Report on vaccination North-West Frontier Province 1904-1922 - 1904-1922
Year: 1904
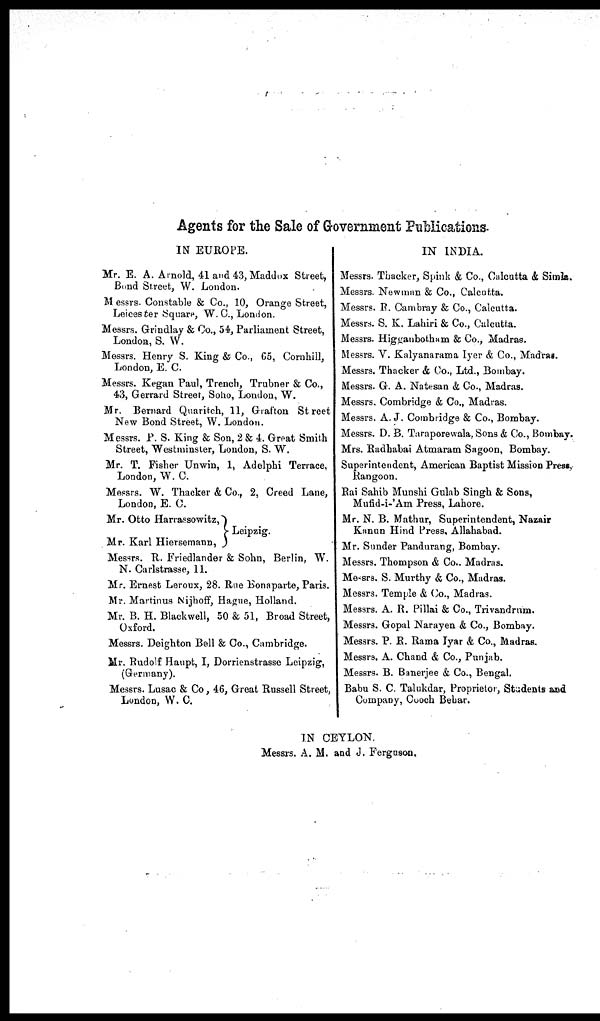
Agents for the Sale of Government Publications.
IN EUROPE.
Mr. E. A. Arnold, 41 and 43, Maddox Street,
Bond Street, W. London.
M essrs. Constable & Co., 10, Orange Street,
Leices ter Square, W. C, London.
Messrs. Grindlay & Co., 54, Parliament Street,
London, S. W.
Messrs. Henry S. King & Co., 65, Cornhill,
London, E. C.
Messrs. Kegan Paul, Trench, Trubner & Co.,
43, Gerrard Street, Soho, London, W.
Mr. Bernard Quaritch, 11, Grafton Street
New Bond Street, W. London.
Messrs. P. S. King & Son, 2 & 4. Great Smith
Street, Westminster, London, S. W.
Mr. T. Fisher Unwin, 1, Adelphi Terrace,
London, W. C.
Messrs. W. Thacker & Co., 2, Creed Lane,
London, E. C.
Mr. Otto Harrassowitz,
Mr. Karl Hiersemann,
Leipzig.
Messrs. R. Friedlander & Sohn, Berlin, W.
N. Carlstrasse, 11.
Mr. Ernest Leroux, 28. Rue Bonaparte, Paris.
Mr. Martinus Nijhoff, Hague, Holland.
Mr. B. H. Blackwell, 50 & 51, Broad Street,
Oxford.
Messrs. Deighton Bell & Co., Cambridge.
Mr. Rudolf Haupt, I, Dorrienstrasse Leipzig,
(Germany).
Messrs. Lusac & Co, 46, Great Russell Street,
London, W. C.
IN INDIA.
Messrs. Thacker, Spink & Co., Calcutta & Simla.
Messrs. Newman & Co., Calcutta.
Messrs. R. Cambray & Co., Calcutta.
Messrs. S. K. Lahiri & Co., Calcutta.
Messrs. Higganbotham & Co., Madras.
Messrs. V. Kalyanarama Iyer & Co., Madrai.
Messrs. Thacker & Co., Ltd., Bombay.
Messrs. G. A. Natesan & Co., Madras.
Messrs. Combridge & Co., Madras.
Messrs. A. J. Combridge & Co., Bombay.
Messrs. D. B. Tnraporewala, Sons & Co., Bombay.
Mrs. Radhabai Atmaram Sagoon, Bombay.
Superintendent, American Baptist Mission Press,
Rangoon.
Rai Sahib Munshi Gulab Singh & Sons,
Mufid-i-'Am Press, Lahore.
Mr. N. B. Mathur, Superintendent, Nazair
Kanun Hind Press, Allahabad.
Mr. Sunder Pandurang, Bombay.
Messrs. Thompson & Co.. Madras.
Messrs. S. Murthy & Co., Madras.
Messrs. Temple & Co., Madras.
Messrs. A. R. Pillai & Co., Trivandrum.
Messrs. Gopal Narayen & Co., Bombay.
Messrs. P. R. Rama Iyar & Co., Madras.
Messrs. A. Chand & Co., Punjab.
Messrs. B. Banerjee & Co., Bengal.
Babu S. C. Talukdar, Proprietor, Students and
Company, Cooch Behar.
IN CEYLON.
Messrs. A. M. and J. Ferguson,